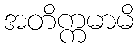
အတိက္ကမာမိ